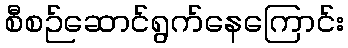
စီစဉ်ဆောင်ရွက်နေကြောင်း